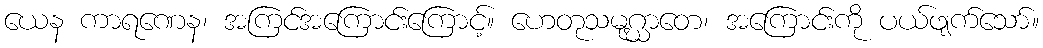
ယေန ကာရဏေန၊ အကြင်အကြောင်းကြောင့်။ ဟေတုသမုဂ္ဃာတေ၊ အကြောင်းကို ပယ်ဖျက်သော်။